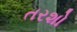
તરશો